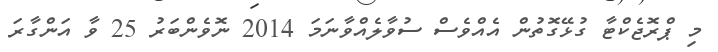
މި ޕްރޮޖެކްޓާ ގުޅޭގޮތުން އެއްވެސް ސުވާލެއްވާނަމަ 2014 ނޮވެންބަރު 25 ވާ އަންގާރަ